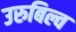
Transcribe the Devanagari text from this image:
उरुबिल्व